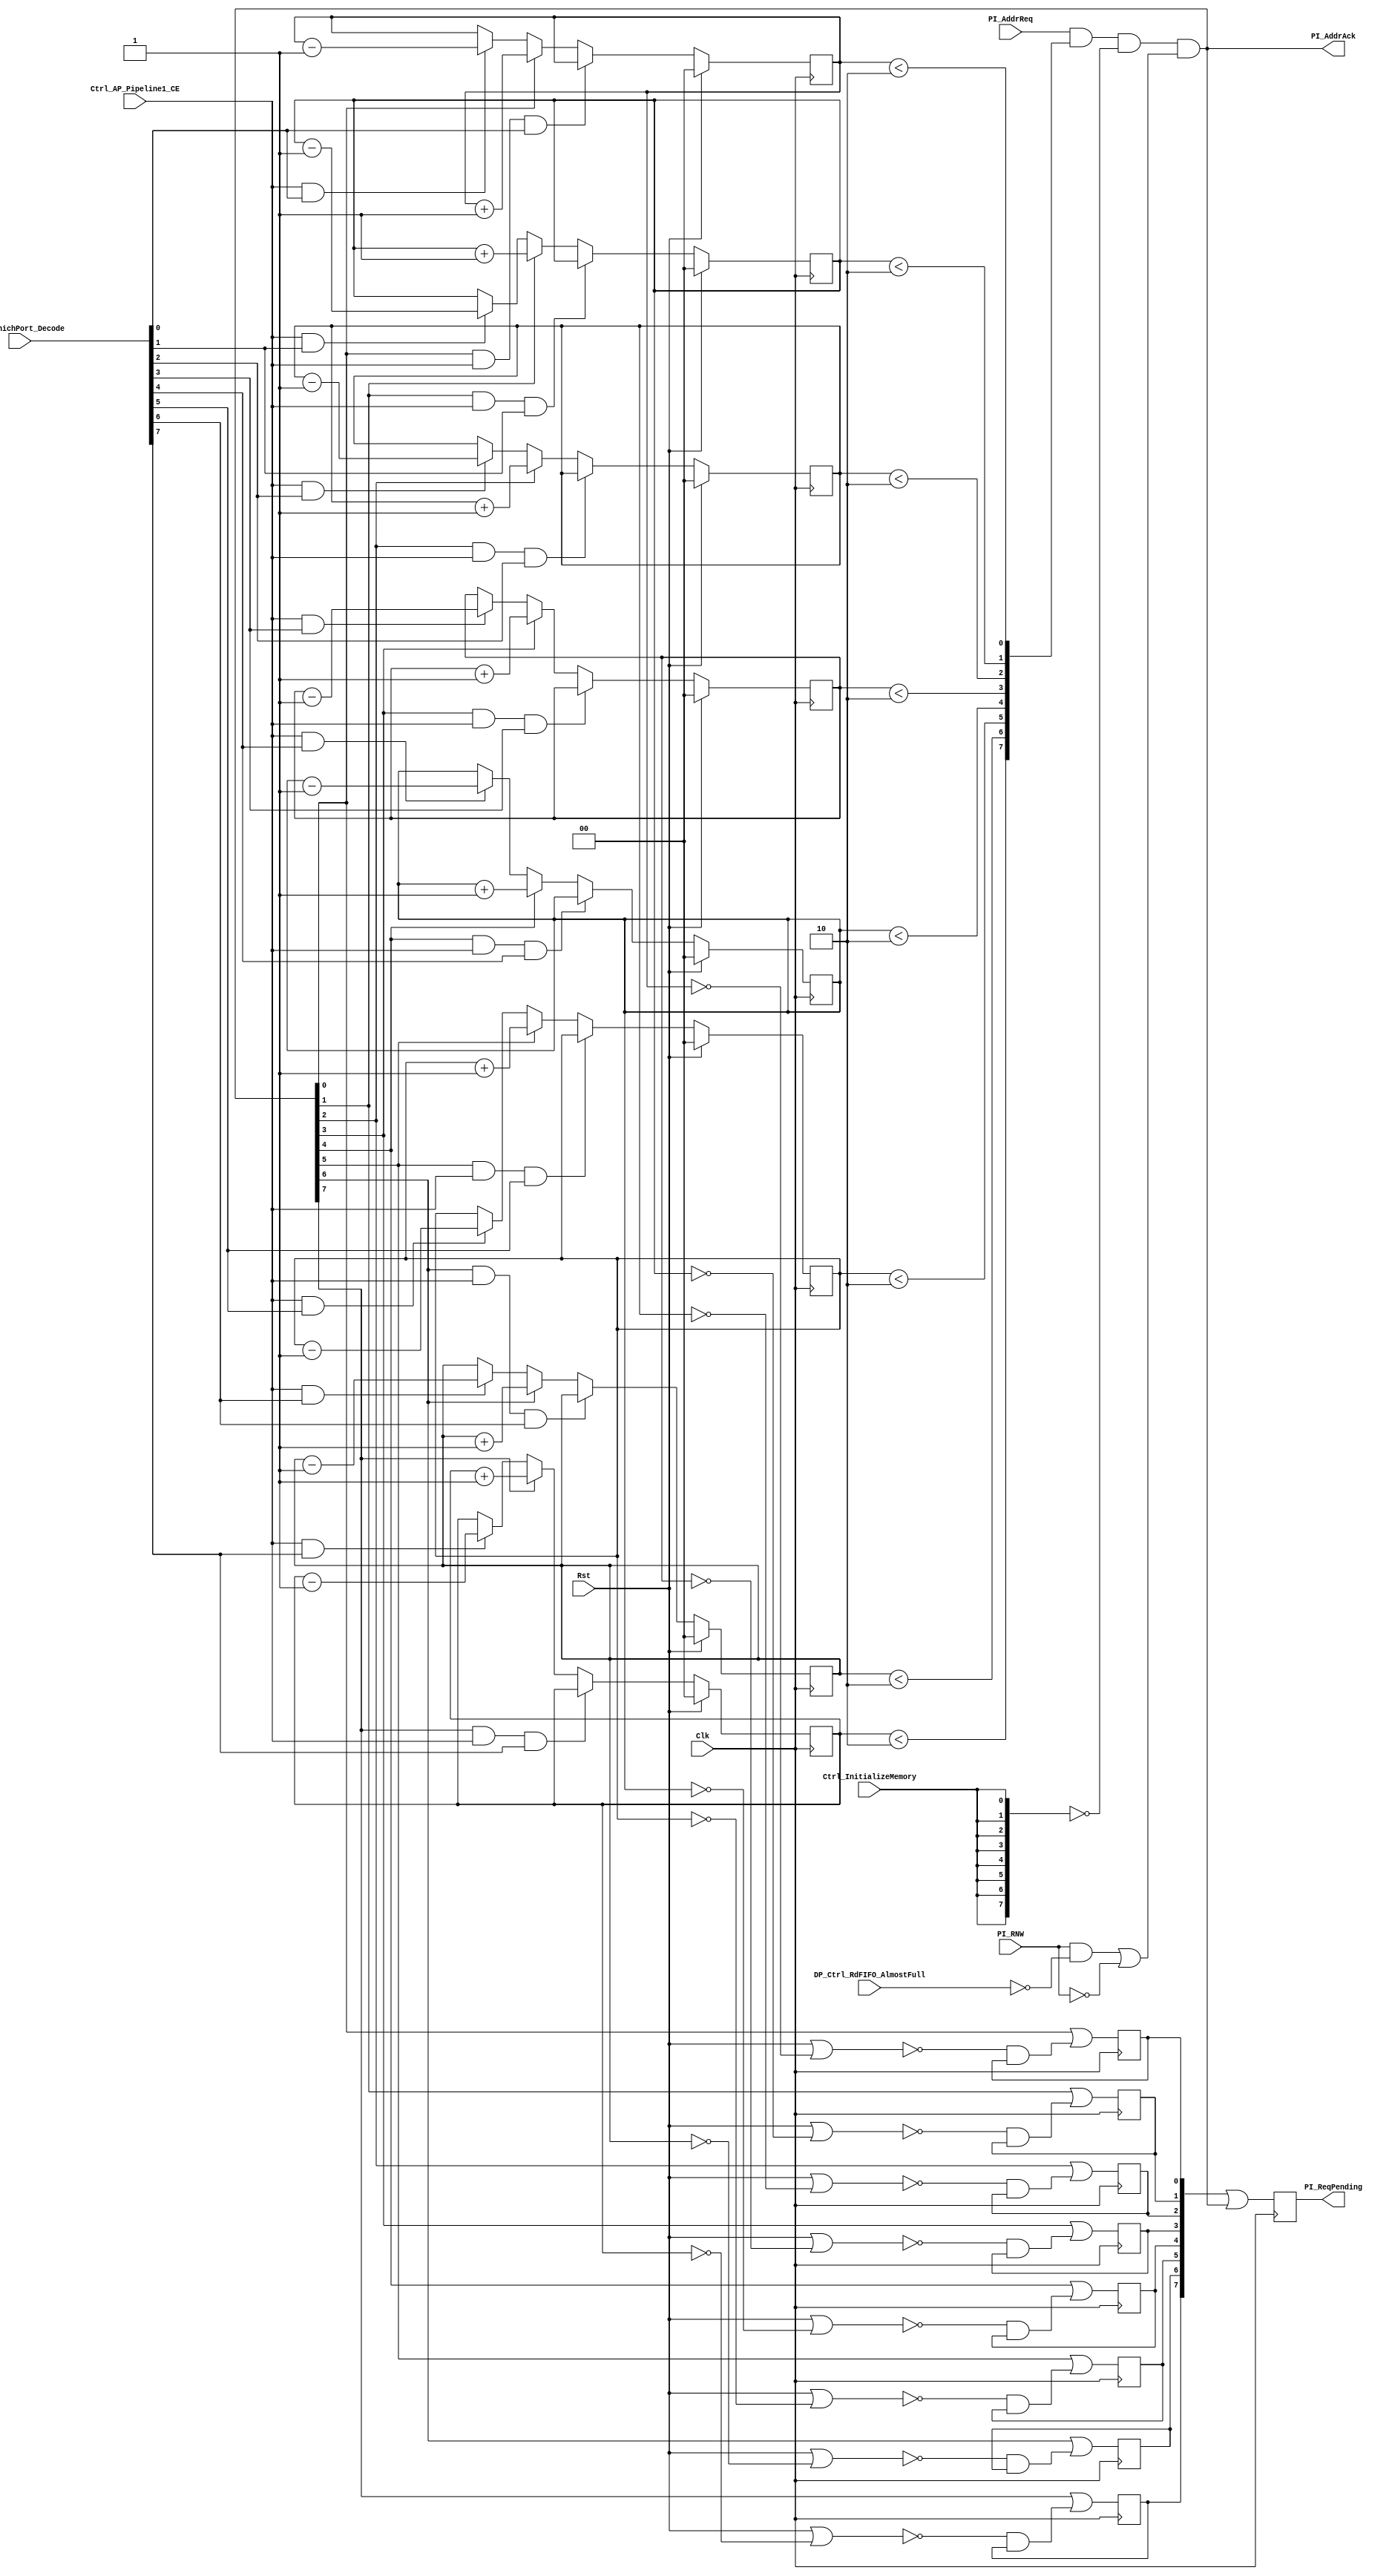
//-----------------------------------------------------------------------------
//-- (c) Copyright 2006 - 2009 Xilinx, Inc. All rights reserved.
//--
//-- This file contains confidential and proprietary information
//-- of Xilinx, Inc. and is protected under U.S. and
//-- international copyright and other intellectual property
//-- laws.
//--
//-- DISCLAIMER
//-- This disclaimer is not a license and does not grant any
//-- rights to the materials distributed herewith. Except as
//-- otherwise provided in a valid license issued to you by
//-- Xilinx, and to the maximum extent permitted by applicable
//-- law: (1) THESE MATERIALS ARE MADE AVAILABLE "AS IS" AND
//-- WITH ALL FAULTS, AND XILINX HEREBY DISCLAIMS ALL WARRANTIES
//-- AND CONDITIONS, EXPRESS, IMPLIED, OR STATUTORY, INCLUDING
//-- BUT NOT LIMITED TO WARRANTIES OF MERCHANTABILITY, NON-
//-- INFRINGEMENT, OR FITNESS FOR ANY PARTICULAR PURPOSE; and
//-- (2) Xilinx shall not be liable (whether in contract or tort,
//-- including negligence, or under any other theory of
//-- liability) for any loss or damage of any kind or nature
//-- related to, arising under or in connection with these
//-- materials, including for any direct, or any indirect,
//-- special, incidental, or consequential loss or damage
//-- (including loss of data, profits, goodwill, or any type of
//-- loss or damage suffered as a result of any action brought
//-- by a third party) even if such damage or loss was
//-- reasonably foreseeable or Xilinx had been advised of the
//-- possibility of the same.
//--
//-- CRITICAL APPLICATIONS
//-- Xilinx products are not designed or intended to be fail-
//-- safe, or for use in any application requiring fail-safe
//-- performance, such as life-support or safety devices or
//-- systems, Class III medical devices, nuclear facilities,
//-- applications related to the deployment of airbags, or any
//-- other applications that could lead to death, personal
//-- injury, or severe property or environmental damage
//-- (individually and collectively, "Critical
//-- Applications"). Customer assumes the sole risk and
//-- liability of any use of Xilinx products in Critical
//-- Applications, subject only to applicable laws and
//-- regulations governing limitations on product liability.
//--
//-- THIS COPYRIGHT NOTICE AND DISCLAIMER MUST BE RETAINED AS
//-- PART OF THIS FILE AT ALL TIMES.
//-----------------------------------------------------------------------------
//
// Description: Logic to create PI_AddrAck signal.
//   
//--------------------------------------------------------------------------
//
// Structure:
//   mpmc_ctrl_path
//     ctrl_path
//     arbiter
//       arb_acknowledge
//       arb_bram_addr
//       arb_pattern_start
//         arb_req_pending_muxes
//         high_priority_select
//       arb_which_port
//         arb_req_pending_muxes
//         high_priority_select
//       arb_pattern_type
//         arb_pattern_type_muxes
//         arb_pattern_type_fifo
//         high_priority_select
//           mpmc_ctrl_path_fifo (currently used, better for output timing)
//           fifo_4 (not used, better for area)
//             fifo_32_rdcntr
//
//--------------------------------------------------------------------------
// History:
//
//--------------------------------------------------------------------------

`timescale 1ns/1ns

module arb_acknowledge
  (
   Clk,                       // I
   Rst,                       // I
   PI_AddrReq,                // I [C_NUM_PORTS-1:0]
   PI_AddrAck,                // O [C_NUM_PORTS-1:0]
   PI_RNW,                    // I [C_NUM_PORTS-1:0]
   PI_ReqPending,             // O [C_NUM_PORTS-1:0]
   DP_Ctrl_RdFIFO_AlmostFull, // I [C_NUM_PORTS-1:0]
   Ctrl_AP_Pipeline1_CE,      // I
   Arb_WhichPort_Decode,      // I [C_NUM_PORTS-1:0]
   Ctrl_InitializeMemory      // I
   );
   
   parameter C_NUM_PORTS = 8;              // Allowed Values: 1-8
   parameter C_PIPELINE_ADDRACK = 8'h00;   // Allowed Values: 8'h00-8'hFF, each
                                           // bit corresponds to an individual port.
   parameter C_MAX_REQ_ALLOWED_INT = 2;        // Allowed Values: Any integer
   parameter C_REQ_PENDING_CNTR_WIDTH = 2; // Allowed Values: Such that counter 
                                           // does not overflow when max pending 
                                           // instruction are acknowledged
   parameter C_ARB_PIPELINE = 1;         // Allowed values: 0 or 1
   parameter C_WORD_WRITE_SEQ       =  0;
   parameter C_WORD_READ_SEQ        =  1;
   parameter C_DOUBLEWORD_WRITE_SEQ =  2;
   parameter C_DOUBLEWORD_READ_SEQ  =  3;
   parameter C_CL4_WRITE_SEQ        =  4;
   parameter C_CL4_READ_SEQ         =  5;
   parameter C_CL8_WRITE_SEQ        =  6;
   parameter C_CL8_READ_SEQ         =  7;
   parameter C_B16_WRITE_SEQ        =  8;
   parameter C_B16_READ_SEQ         =  9;
   parameter C_B32_WRITE_SEQ        = 10;
   parameter C_B32_READ_SEQ         = 11;
   parameter C_B64_WRITE_SEQ        = 12;
   parameter C_B64_READ_SEQ         = 13;
   input                                             Clk;
   input                                             Rst;
   input [C_NUM_PORTS-1:0]                           PI_AddrReq;
   input [C_NUM_PORTS-1:0]                           PI_RNW;
   output [C_NUM_PORTS-1:0]                          PI_AddrAck;
   output [C_NUM_PORTS-1:0]                          PI_ReqPending;
   input [C_NUM_PORTS-1:0]                           DP_Ctrl_RdFIFO_AlmostFull;
   input                                             Ctrl_AP_Pipeline1_CE;
   input [C_NUM_PORTS-1:0]                           Arb_WhichPort_Decode;
   input                                             Ctrl_InitializeMemory;

   reg [C_NUM_PORTS-1:0]                             PI_AddrAck = 0;
   reg [C_NUM_PORTS-1:0]                             PI_AddrAck_i = 0;
   wire [C_NUM_PORTS-1:0]                            pi_addrack_i1;
   reg [C_NUM_PORTS-1:0]                             pi_addrack_i2 = 0;
   reg [C_NUM_PORTS-1:0]                             PI_ReqPending = 0;
   wire [C_NUM_PORTS-1:0]                            pi_reqallowed;
   reg [C_NUM_PORTS*C_REQ_PENDING_CNTR_WIDTH-1:0]    pi_reqpending_cnt = 0;
   reg [C_NUM_PORTS-1:0]                             pi_reqpending_rst = 0;
   reg [C_NUM_PORTS-1:0]                             pi_reqpending_i = 0;
   wire [C_NUM_PORTS-1:0]                            pi_reqpending_p1;

   genvar i;
   
   // Implementation for PI_AddrAck
   assign pi_addrack_i1 = PI_AddrReq & pi_reqallowed & ~{C_NUM_PORTS{Ctrl_InitializeMemory}} & ((PI_RNW & ~DP_Ctrl_RdFIFO_AlmostFull) | ~PI_RNW);
   generate
      for (i=0;i<C_NUM_PORTS;i=i+1) begin : implement_addrack_optional_reg
         always @(posedge Clk)
           if (pi_addrack_i2[i])
             pi_addrack_i2[i] <= 1'b0;
           else
             pi_addrack_i2[i] <= pi_addrack_i1[i];
      end
   endgenerate

   generate
      for (i=0;i<C_NUM_PORTS;i=i+1) begin : implement_addrack
         always @(pi_addrack_i2 or pi_addrack_i1) begin
            if (|(C_PIPELINE_ADDRACK & (8'h01 << i)))
              PI_AddrAck_i[i] <= pi_addrack_i2[i];
            else
              PI_AddrAck_i[i] <= pi_addrack_i1[i];
         end
         always @(PI_AddrAck_i or PI_AddrReq)
           if (|(C_PIPELINE_ADDRACK & (8'h01 << i)))
             PI_AddrAck[i] <= PI_AddrAck_i[i] & PI_AddrReq[i];
           else
             PI_AddrAck[i] <= PI_AddrAck_i[i];
      end
   endgenerate

   // Implementation for PI_ReqPending

   generate
      for (i=0;i<C_NUM_PORTS;i=i+1) begin : implement_reqpending_cntr
         always @(posedge Clk) begin
            if (Rst)
              pi_reqpending_cnt[(i+1)*C_REQ_PENDING_CNTR_WIDTH-1:i*C_REQ_PENDING_CNTR_WIDTH] <= 0;
            else if (PI_AddrAck[i] & Ctrl_AP_Pipeline1_CE & Arb_WhichPort_Decode[i])
              pi_reqpending_cnt[(i+1)*C_REQ_PENDING_CNTR_WIDTH-1:i*C_REQ_PENDING_CNTR_WIDTH] <= pi_reqpending_cnt[(i+1)*C_REQ_PENDING_CNTR_WIDTH-1:i*C_REQ_PENDING_CNTR_WIDTH];
            else if (PI_AddrAck[i])
              pi_reqpending_cnt[(i+1)*C_REQ_PENDING_CNTR_WIDTH-1:i*C_REQ_PENDING_CNTR_WIDTH] <= pi_reqpending_cnt[(i+1)*C_REQ_PENDING_CNTR_WIDTH-1:i*C_REQ_PENDING_CNTR_WIDTH] + 1'b1;
            else if (Ctrl_AP_Pipeline1_CE & Arb_WhichPort_Decode[i])
              pi_reqpending_cnt[(i+1)*C_REQ_PENDING_CNTR_WIDTH-1:i*C_REQ_PENDING_CNTR_WIDTH] <= pi_reqpending_cnt[(i+1)*C_REQ_PENDING_CNTR_WIDTH-1:i*C_REQ_PENDING_CNTR_WIDTH] - 1'b1;
            else
              pi_reqpending_cnt[(i+1)*C_REQ_PENDING_CNTR_WIDTH-1:i*C_REQ_PENDING_CNTR_WIDTH] <= pi_reqpending_cnt[(i+1)*C_REQ_PENDING_CNTR_WIDTH-1:i*C_REQ_PENDING_CNTR_WIDTH];
         end
      end
   endgenerate

   generate
      for (i=0;i<C_NUM_PORTS;i=i+1) begin : implement_reqpending_comp
         always @(pi_reqpending_cnt) begin
           pi_reqpending_rst[i] <= (pi_reqpending_cnt[(i+1)*C_REQ_PENDING_CNTR_WIDTH-1:i*C_REQ_PENDING_CNTR_WIDTH] == 0);
         end
      end
   endgenerate
   
   generate
      for (i=0;i<C_NUM_PORTS;i=i+1) begin : implement_reqpending
         always @(posedge Clk) begin
           pi_reqpending_i[i] <= PI_AddrAck[i] | (~(Rst | pi_reqpending_rst[i]) & pi_reqpending_i[i]);
         end
      end
   endgenerate

   assign pi_reqpending_p1 = pi_reqpending_i | PI_AddrAck;

   // pipeline helps meet timing on the arbiter on this critical path
   generate
     if (C_ARB_PIPELINE == 0) begin : no_pi_reqpending_pipeline
        always @(pi_reqpending_p1) begin
            PI_ReqPending = pi_reqpending_p1;
        end
     end
     else begin : pi_reqpending_pipeline
        always @(posedge Clk) begin
            PI_ReqPending <= pi_reqpending_p1;
        end
     end
   endgenerate

   // Implementation for pi_reqallowed
   generate
      for (i=0;i<C_NUM_PORTS;i=i+1) begin : implement_reqallowed
         assign pi_reqallowed[i] = ((pi_reqpending_cnt[(i+1)*C_REQ_PENDING_CNTR_WIDTH-1:i*C_REQ_PENDING_CNTR_WIDTH] < C_MAX_REQ_ALLOWED_INT));
      end
   endgenerate
   
endmodule // arb_acknowledge